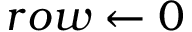
r o w \gets 0